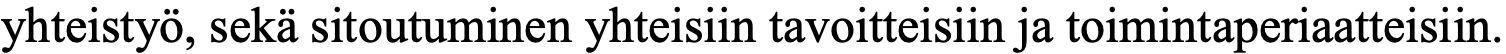
yhteistyö, sekä sitoutuminen yhteisiin tavoitteisiin ja toimintaperiaatteisiin.